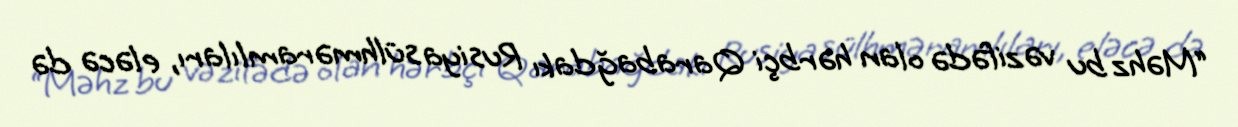
“Məhz bu vəzifədə olan hərbçi Qarabağdakı Rusiya sülhməramlıları, eləcə də